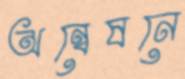
অন্বেষনে